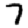
Digit: 7